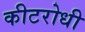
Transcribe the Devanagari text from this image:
कीटरोधी